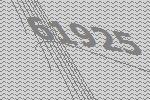
61925